First report of the anti-malarial operations at Mian Mir, 1901-1903 - Number 6
Year: 1901
Disease focus: Malaria
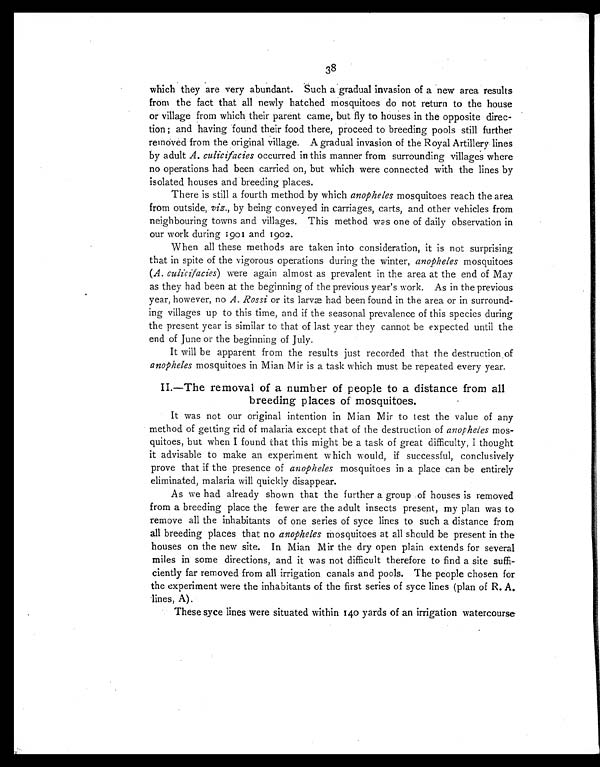
38
which they are very abundant. Such a gradual invasion of a new area results
from the fact that all newly hatched mosquitoes do not return to the house
or village from which their parent came, but fly to houses in the opposite direc-
tion; and having found their food there, proceed to breeding pools still further
removed from the original village. A gradual invasion of the Royal Artillery lines
by adult A. culicifacies occurred in this manner from surrounding villages where
no operations had been carried on, but which were connected with the lines by
isolated houses and breeding places.
There is still a fourth method by which anopheles mosquitoes reach the area
from outside, viz., by being conveyed in carriages, carts, and other vehicles from
neighbouring towns and villages. This method was one of daily observation in
our work during 1901 and 1902.
When all these methods are taken into consideration, it is not surprising
that in spite of the vigorous operations during the winter, anopheles mosquitoes
(A. culicifacies) were again almost as prevalent in the area at the end of May
as they had been at the beginning of the previous year's work. As in the previous
year, however, no A. Rossi or its larvæ had been found in the area or in surround-
ing villages up to this time, and if the seasonal prevalence of this species during
the present year is similar to that of last year they cannot be expected until the
end of June or the beginning of July.
It will be apparent from the results just recorded that the destruction of
anopheles mosquitoes in Mian Mir is a task which must be repeated every year.
II.—The removal of a number of people to a distance from all
breeding places of mosquitoes.
It was not our original intention in Mian Mir to test the value of any
method of getting rid of malaria except that of the destruction of anopheles mos-
quitoes, but when I found that this might be a task of great difficulty, I thought
it advisable to make an experiment which would, if successful, conclusively
prove that if the presence of anopheles mosquitoes in a place can be entirely
eliminated, malaria will quickly disappear.
As we had already shown that the further a group of houses is removed
from a breeding place the fewer are the adult insects present, my plan was to
remove all the inhabitants of one series of syce lines to such a distance from
all breeding places that no anopheles mosquitoes at all should be present in the
houses on the new site. In Mian Mir the dry open plain extends for several
miles in some directions, and it was not difficult therefore to find a site suffi-
ciently far removed from all irrigation canals and pools. The people chosen for
the experiment were the inhabitants of the first series of syce lines (plan of R. A.
lines, A).
These syce lines were situated within 140 yards of an irrigation watercourse